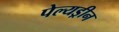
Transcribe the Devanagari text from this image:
पेल्यड्रीन